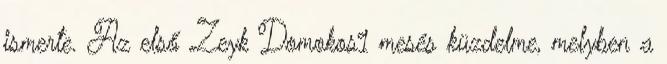
ismerte. Az első Zeyk Domokos1 mesés küzdelme, melyben a